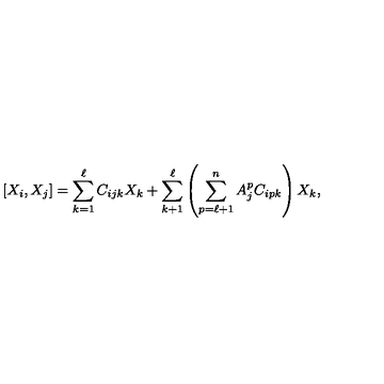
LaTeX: [ X _ { i } , X _ { j } ] = \sum _ { k = 1 } ^ { \ell } C _ { i j k } X _ { k } + \sum _ { k + 1 } ^ { \ell } \left( \sum _ { p = \ell + 1 } ^ { n } A _ { j } ^ { p } C _ { i p k } \right) X _ { k } ,